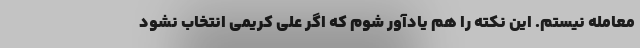
معامله نیستم. این نکته را هم یادآور شوم که اگر علی کریمی انتخاب نشود